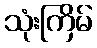
သုံးကြိမ်